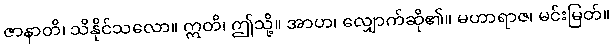
ဇာနာတိ၊ သိနိုင်သလော။ ဣတိ၊ ဤသို့။ အာဟ၊ လျှောက်ဆို၏။ မဟာရာဇ၊ မင်းမြတ်။